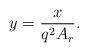
LaTeX: \begin{align*}y=\frac{x}{q^2 A_r}.\end{align*}